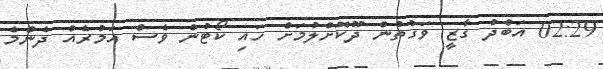
02:29 އަބްދު ގާޒީ ވަގުތުން ދޫކޮށްލުމަށް ހައި ކޯޓުން ވެސް އަމުރެއް ދެންމެ